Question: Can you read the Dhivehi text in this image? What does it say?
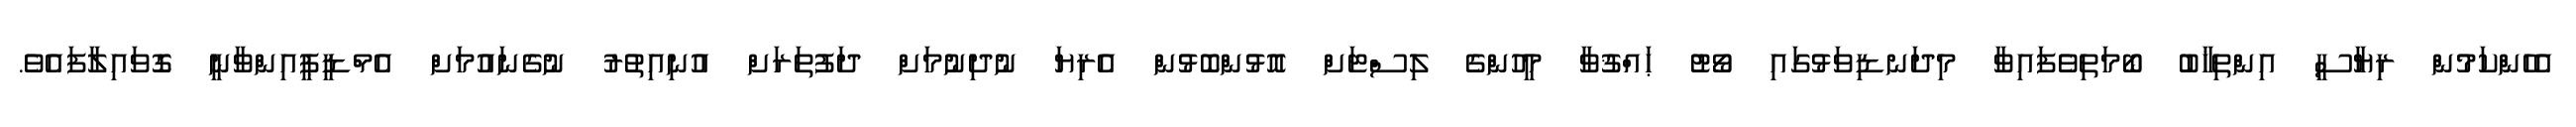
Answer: އެހެންކަމުން ރިޔާސީ އިންތިޚާބު ބޯމަތިވެފައިވާ މިދަނޑިވަޅުގައި ވޯޓު ޙައްޤުވާ މީހުންގެ ލިސްޓަށް އޮޅުންބޮޅުން އެރިޔަ ނުދިނުމަށް ދަފުތަރަށް އުނިއިތުރު ނުގެނައުމަށް އެމްޑީޕީއިންވާނީ ގޮވައިލާފައެވެ.